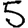
Digit: 5